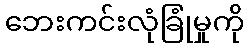
ဘေးကင်းလုံခြုံမှုကို